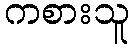
ကစားသူ